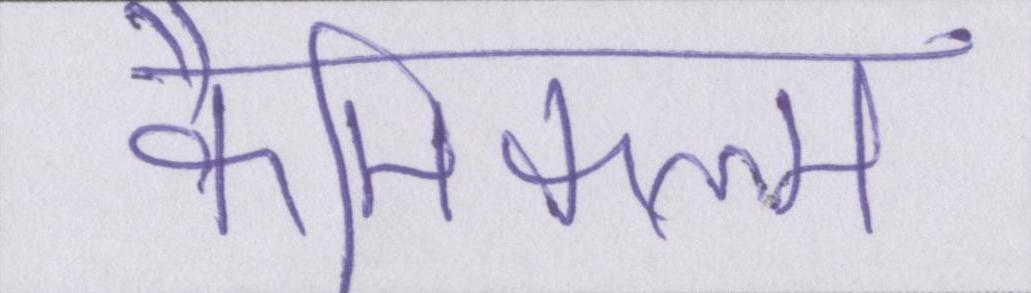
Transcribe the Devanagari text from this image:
कैमिकल्स